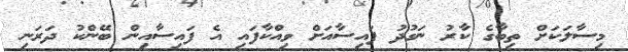
މިސާލަކަށް ތިބާގެ ކާރު ނަގުދު ފައިސާއަށް ވިއްކާފައި އެ ފައިސާއިން ބޭންކު ދަރަނި